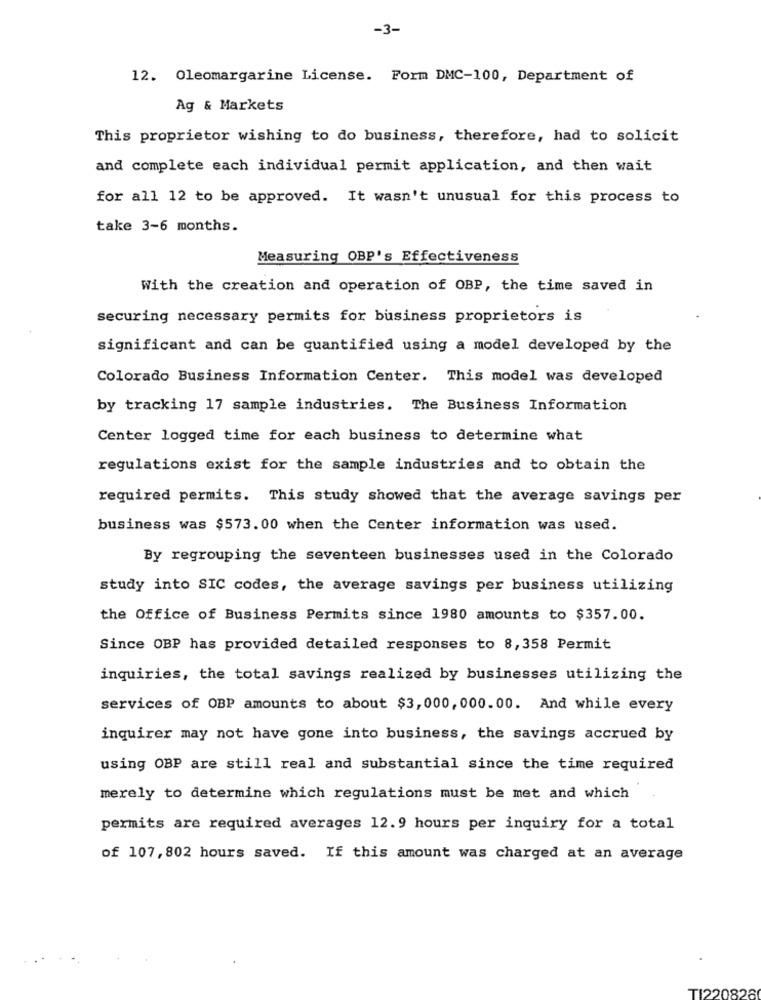
-3-
12. Oleomargarine License. Form DMC-100, Department of
Ag & Markets
This proprietor wishing to do business, therefore, had to solicit
and complete each individual permit application, and then wait
for all 12 to be approved. It wasn't unusual for this process to
take 3-6 months.
Measuring OBP's Effectiveness
With the creation and operation of OBP, the time saved in
securing necessary permits for business proprietors is
significant and can be quantified using a model developed by the
Colorado Business Information Center. This model was developed
by tracking 17 sample industries. The Business Information
Center logged time for each business to determine what
regulations exist for the sample industries and to obtain the
required permits. This study showed that the average savings per
business was $573.00 when the Center information was used.
By regrouping the seventeen businesses used in the Colorado
study into SIC codes, the average savings per business utilizing
the Office of Business Permits since 1980 amounts to $357.00.
Since OBP has provided detailed responses to 8,358 Permit
inquiries, the total savings realized by businesses utilizing the
services of OBP amounts to about $3,000, 000.00. And while every
inquirer may not have gone into business, the savings accrued by
using OBP are still real and substantial since the time required
merely to determine which regulations must be met and which
permits are required averages 12.9 hours per inquiry for a total
of 107, 802 hours saved. If this amount was charged at an average
TI220828